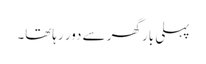
پہلی بار گھر سے دور رہاتھا۔